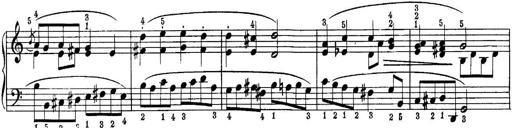
Title: Quatres sonatines
Composer: Tadeusz Joteyko